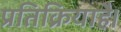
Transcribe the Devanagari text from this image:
प्रतिक्रियाहै।